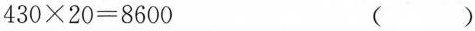
$$4 3 0 \times 2 0 = 8 6 0 0$$ ()